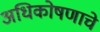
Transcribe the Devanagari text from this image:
अधिकोषणाचे